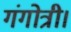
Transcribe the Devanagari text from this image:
गंगोत्री।